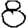
Digit: 8